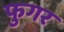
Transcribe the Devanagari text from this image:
फुगर